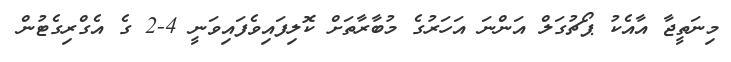
މިނަތީޖާ އާއެކު ޕޯޗުގަލް އަންނަ އަހަރުގެ މުބާރާތަށް ކޮލިފައިވެފައިވަނީ 4-2 ގެ އެގްރިގެޓުން